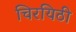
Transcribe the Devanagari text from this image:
चिरयिठी